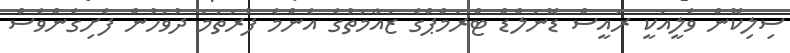
ސިލިކޮން ވެލީއަކީ ރައީސް ޑޮނަލްޑް ޓްރަމްޕްގެ ޒައާމަތުގެ އެންމެ ފުރަތަމަ ދުވަހުން ފެށިގެންވެސް